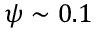
\psi \sim 0 . 1